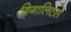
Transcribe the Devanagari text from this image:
गिगालिटर्स